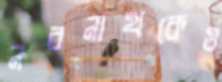
নবনাথকেও